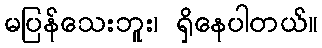
မပြန်သေးဘူး၊ ရှိနေပါတယ်။